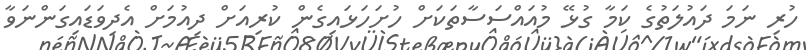
ހުރި ނަމަ ދައުލަތުގެ ކަމާ ގުޅޭ މުއައްސަސާތަކަށް ހުށަހަޅައިގެން ކުރިއަށް ދިއުމަށް އެދިވަޑައިގަންނަވާ